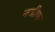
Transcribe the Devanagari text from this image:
नजीफ